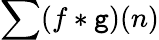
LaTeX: \sum(f*\mathtt{g})(n)